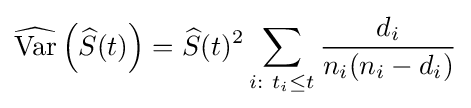
{\widehat {\operatorname {Var} }}\left({\widehat {S}}(t)\right)={\widehat {S}}(t)^{2}\sum _{i:\ t_{i}\leq t}{\frac {d_{i}}{n_{i}(n_{i}-d_{i})}}